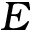
E